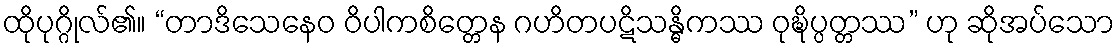
ထိုပုဂ္ဂိုလ်၏။ “တာဒိသေနေဝ ဝိပါကစိတ္တေန ဂဟိတပဋိသန္ဓိကဿ ဝုဍ္ဎိပ္ပတ္တဿ” ဟု ဆိုအပ်သော